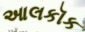
આલકૉક